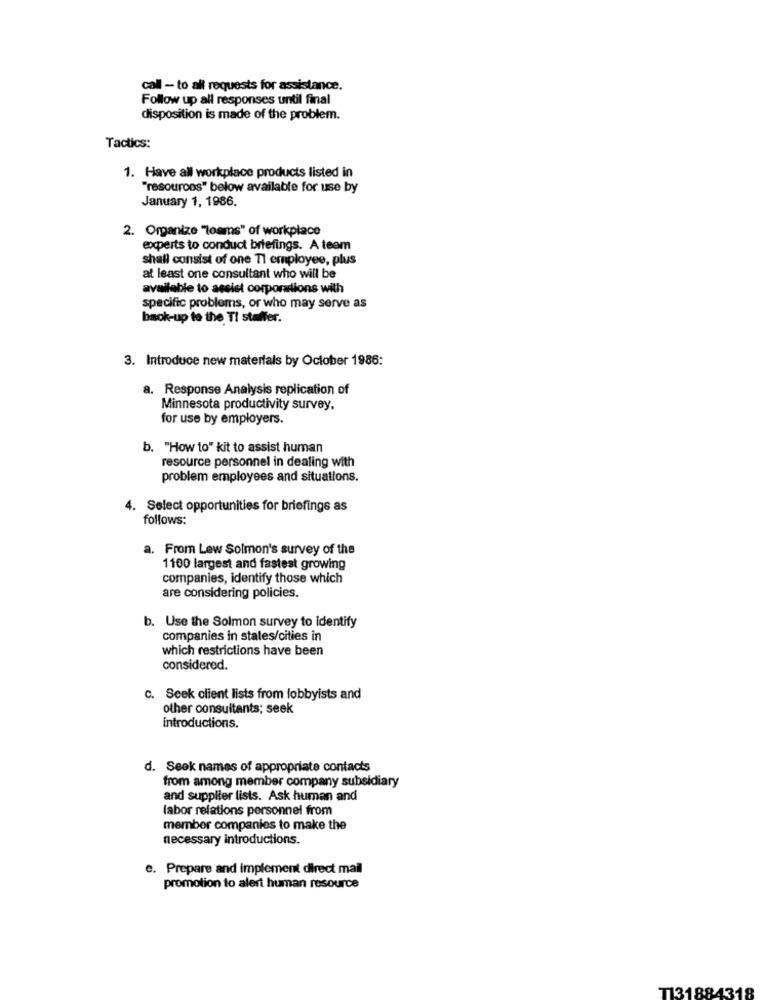
call - to all requests for assistance.
Follow up all responses until final
disposition is made of the problem.
Tactics:
1. Have all workplace products listed in
"resources" below available for use by
January 1, 1986.
2. Organize "teams" of workplace
experts to conduct briefings. A team
shall consist of one Tl employee, plus
at least one consultant who will be
available to assist corporations with
specific problems, or who may serve as
back-up to the TI staffer.
3. Introduce new materials by October 1986:
a. Response Analysis replication of
Minnesota productivity survey,
for use by employers.
b. "How to" kit to assist human
resource personnel in dealing with
problem employees and situations.
4. Select opportunities for briefings as
follows:
a. From Lew Solmon's survey of the
1100 largest and fastest growing
companies, identify those which
are considering policies.
b. Use the Solmon survey to identify
companies in states/cities in
which restrictions have been
considered.
C. Seek client lists from lobbyists and
other consultants; seek
introductions.
d. Seek names of appropriate contacts
from among member company subsidiary
and supplier lists. Ask human and
labor relations personnel from
member companies to make the
necessary introductions.
e. Prepare and implement direct mail
promotion to alert human resource
T131884318